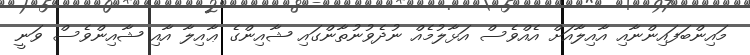
މައިންބަފައިންނާއި އާއިލާއަށް އެއްވެސް އަޅާލުމެއް ނުދެވުނުތާންގައި ޝާއިންގެ ޢާއިލާ އާއި ޝާއިންވެސް ވަނީ